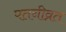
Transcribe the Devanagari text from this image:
पतनीव्रत